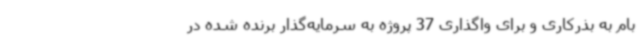
بام به بذرکاری و برای واگذاری 37 پروژه به سرمایه‌گذار برنده شده در